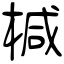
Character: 椷